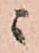
ニ